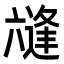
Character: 𭁛